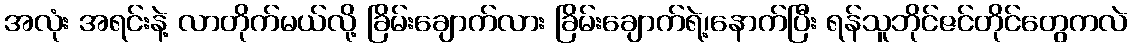
အလုံး အရင်းနဲ့ လာတိုက်မယ်လို့ ခြိမ်းချောက်လား ခြိမ်းချောက်ရဲ့၊နောက်ပြီး ရန်သူဘိုင်ဇင်တိုင်တွေကလဲ